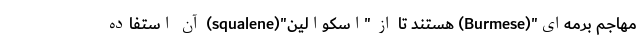
مهاجم برمه‌ای"(Burmese) هستند تا از "اسکوالین"(squalene) آن استفاده